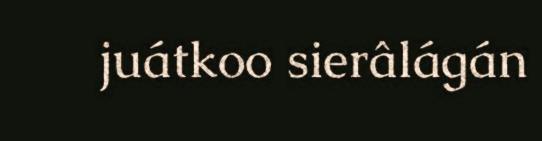
juátkoo sierâlágán